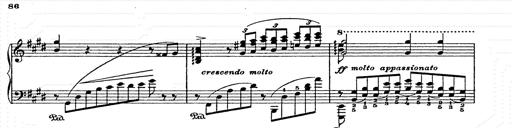
Title: AnnÃ©es de pÃ¨lerinage II
Composer: Franz Liszt